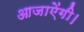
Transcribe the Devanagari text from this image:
आजाऐंगी।